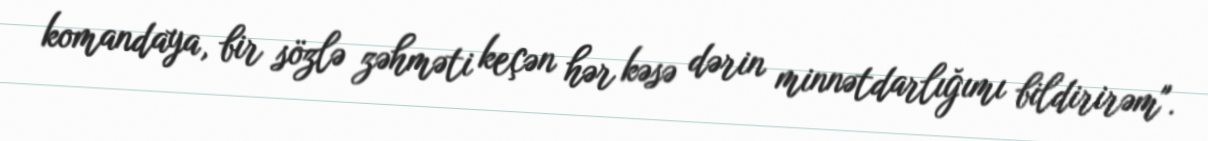
komandaya, bir sözlə zəhməti keçən hər kəsə dərin minnətdarlığımı bildirirəm".